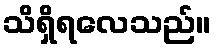
သိရှိရလေသည်။